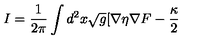
I = \frac { 1 } { 2 \pi } \int d ^ { 2 } x \sqrt { g } [ \nabla \eta \nabla F - \frac { \kappa } { 2 }